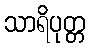
သာရိပုတ္တ